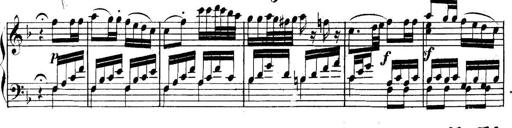
Title: Collected Piano Sonatas
Composer: Muzio Clementi